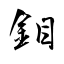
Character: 鉬